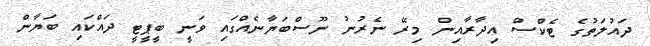
ދައުލަތުގެ ޓެކްސް އިދާރާއިން މިރޭ ނެރުނު ނޫސްބަޔާނެއްގައި ވަނީ ބީޕީޓީ ދައްކައި ބަޔާން